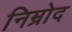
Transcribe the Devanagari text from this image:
निम्रोद